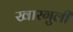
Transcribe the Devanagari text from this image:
खारगुली